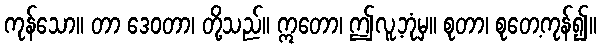
ကုန်သော။ တာ ဒေဝတာ၊ တို့သည်။ ဣတော၊ ဤလူ့ဘုံမှ။ စုတာ၊ စုတေ့ကုန်၍။